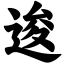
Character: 逡